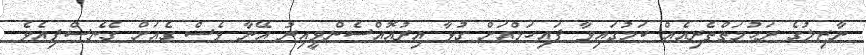
ނާޒިލުގެ ރަޙުމަތްތެރިއެއް ކަމުގައިވާ ފައިހަމްއަށް ގުޅާ އިރުއޮއްސެންވީއިރު އޭނާ ވެސް ގެއަށް ގެނެސްފިއެވެ.